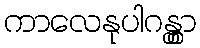
ကာလေနုပါဂန္တွာ